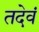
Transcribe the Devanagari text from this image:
तदेवं